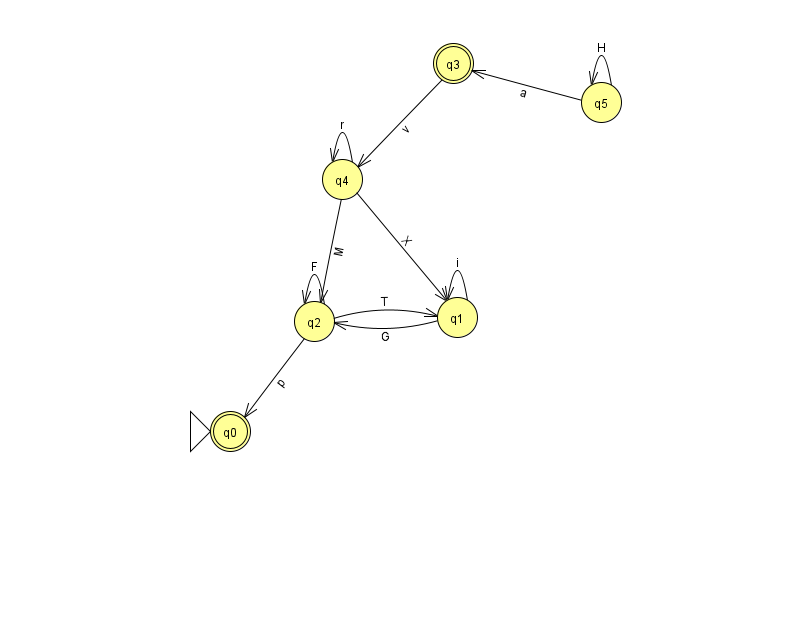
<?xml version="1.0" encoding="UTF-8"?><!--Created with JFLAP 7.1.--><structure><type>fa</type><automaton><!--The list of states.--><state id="0" name="q0"><x>230.0</x><y>418.0</y><initial/><final/></state><state id="1" name="q1"><x>457.0</x><y>304.0</y></state><state id="2" name="q2"><x>314.0</x><y>308.0</y></state><state id="3" name="q3"><x>453.0</x><y>50.0</y><final/></state><state id="4" name="q4"><x>342.0</x><y>166.0</y></state><state id="5" name="q5"><x>601.0</x><y>89.0</y></state><!--The list of transitions.--><transition><from>4</from><to>1</to><read>X</read></transition><transition><from>3</from><to>4</to><read>v</read></transition><transition><from>4</from><to>4</to><read>r</read></transition><transition><from>1</from><to>2</to><read>G</read></transition><transition><from>5</from><to>3</to><read>a</read></transition><transition><from>2</from><to>1</to><read>T</read></transition><transition><from>2</from><to>2</to><read>F</read></transition><transition><from>4</from><to>2</to><read>M</read></transition><transition><from>2</from><to>0</to><read>p</read></transition><transition><from>5</from><to>5</to><read>H</read></transition><transition><from>1</from><to>1</to><read>i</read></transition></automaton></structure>